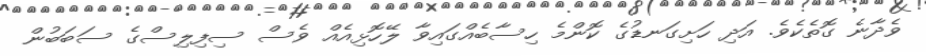
ވެދާނެ ގޮތެކެވެ. އަދި ހަށިގަނޑުގެ ކޮންމެ ހިސާބެއްގައިވާ ލޭހޮޅިއެއް ވެސް ސިފިލިސްގެ ސަބަބުން